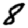
Digit: 8